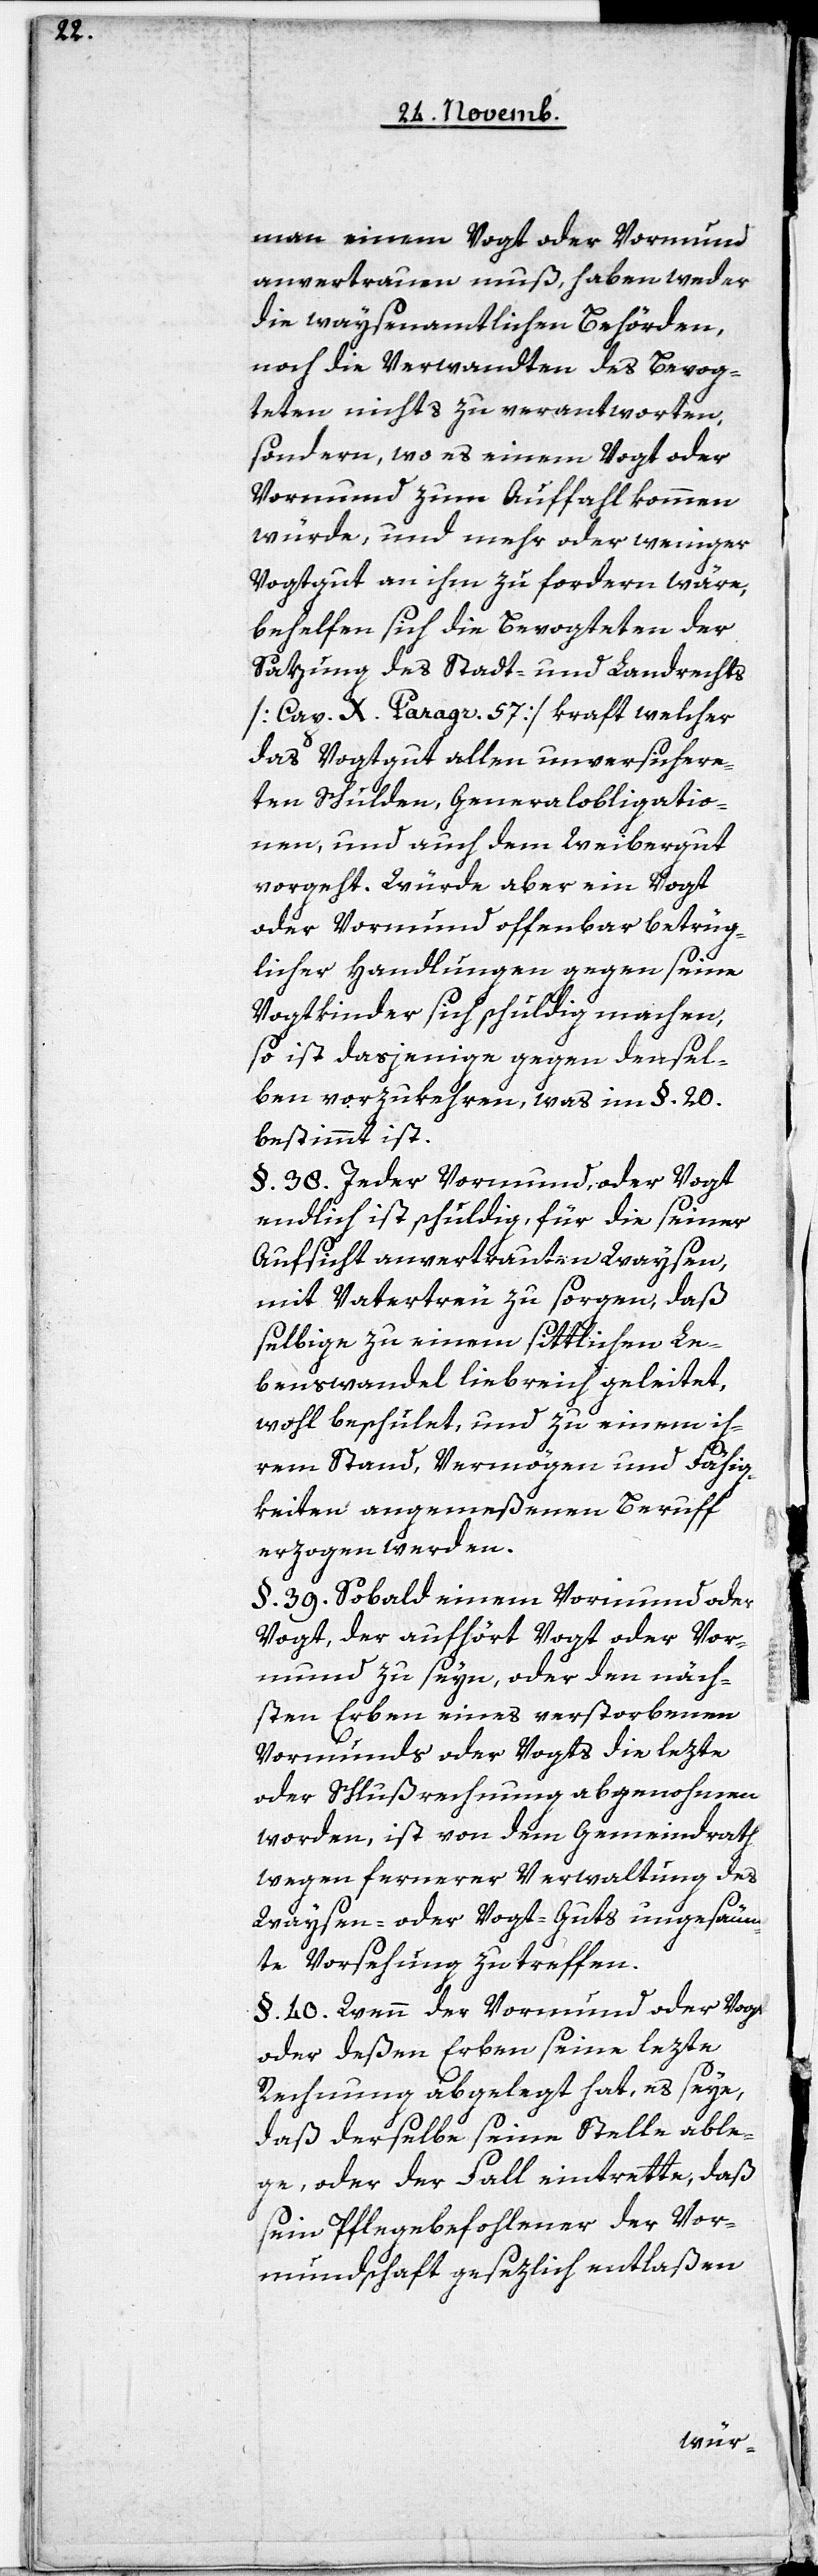
man einem Vogt oder Vormund
anvertrauen muß, haben weder
die waysenamtlichen Behörden,
noch die Verwandten des Bevog¬
teten nichts zu verantworten,
sondern, wo es einem Vogt oder
Vormund zum Auffahl kommen
würde, und mehr oder weniger
Vogtgut an ihm zu fordern wäre,
behelfen sich die Bevogteten der
Satzung des Stadt- und Landrechts
[Cap. X. Paragr. 57], kraft welcher
das Vogtgut allen unversichere¬
ten Schulden, Generalobligatio¬
nen, und auch dem Weibergut
vorgeht. Würde aber ein Vogt
oder Vormund offenbar betrüg¬
licher Handlungen gegen seine
Vogtkinder sich schuldig machen,
so ist dasjenige gegen densel¬
ben vorzukehren, was im §. 20.
bestimmt ist.
§. 38. Jeder Vormund, oder Vogt
endlich ist schuldig, für die seiner
Aufsicht anvertrauten Waysen,
mit Vatertreu zu sorgen, daß
selbige zu einem sittlichen Le¬
benswandel liebreich geleitet,
wohl beschulet, und zu einem ih¬
rem Stand, Vermögen und Fähig¬
keiten angemeßenen Beruff
erzogen werden.
§. 39. Sobald einem Vormund oder
Vogt, der aufhört Vogt oder Vor¬
mund zu seyn, oder den näch¬
sten Erben eines verstorbenen
Vormunds oder Vogts die lezte
oder Schlußrechnung abgenohmen
worden, ist von dem Gemeindrath
wegen fernerer Verwaltung des
Waysen- oder Vogt-Guts ungesäum¬
te Vorsehung zu treffen.
§. 40. Wenn der Vormund oder Vogt
oder deßen Erben seine lezte
Rechnung abgelegt hat, es seye,
daß derselbe seine Stelle able¬
ge, oder der Fall eintrette, daß
sein Pflegebefohlener der Vor¬
mundschaft gesezlich entlaßen